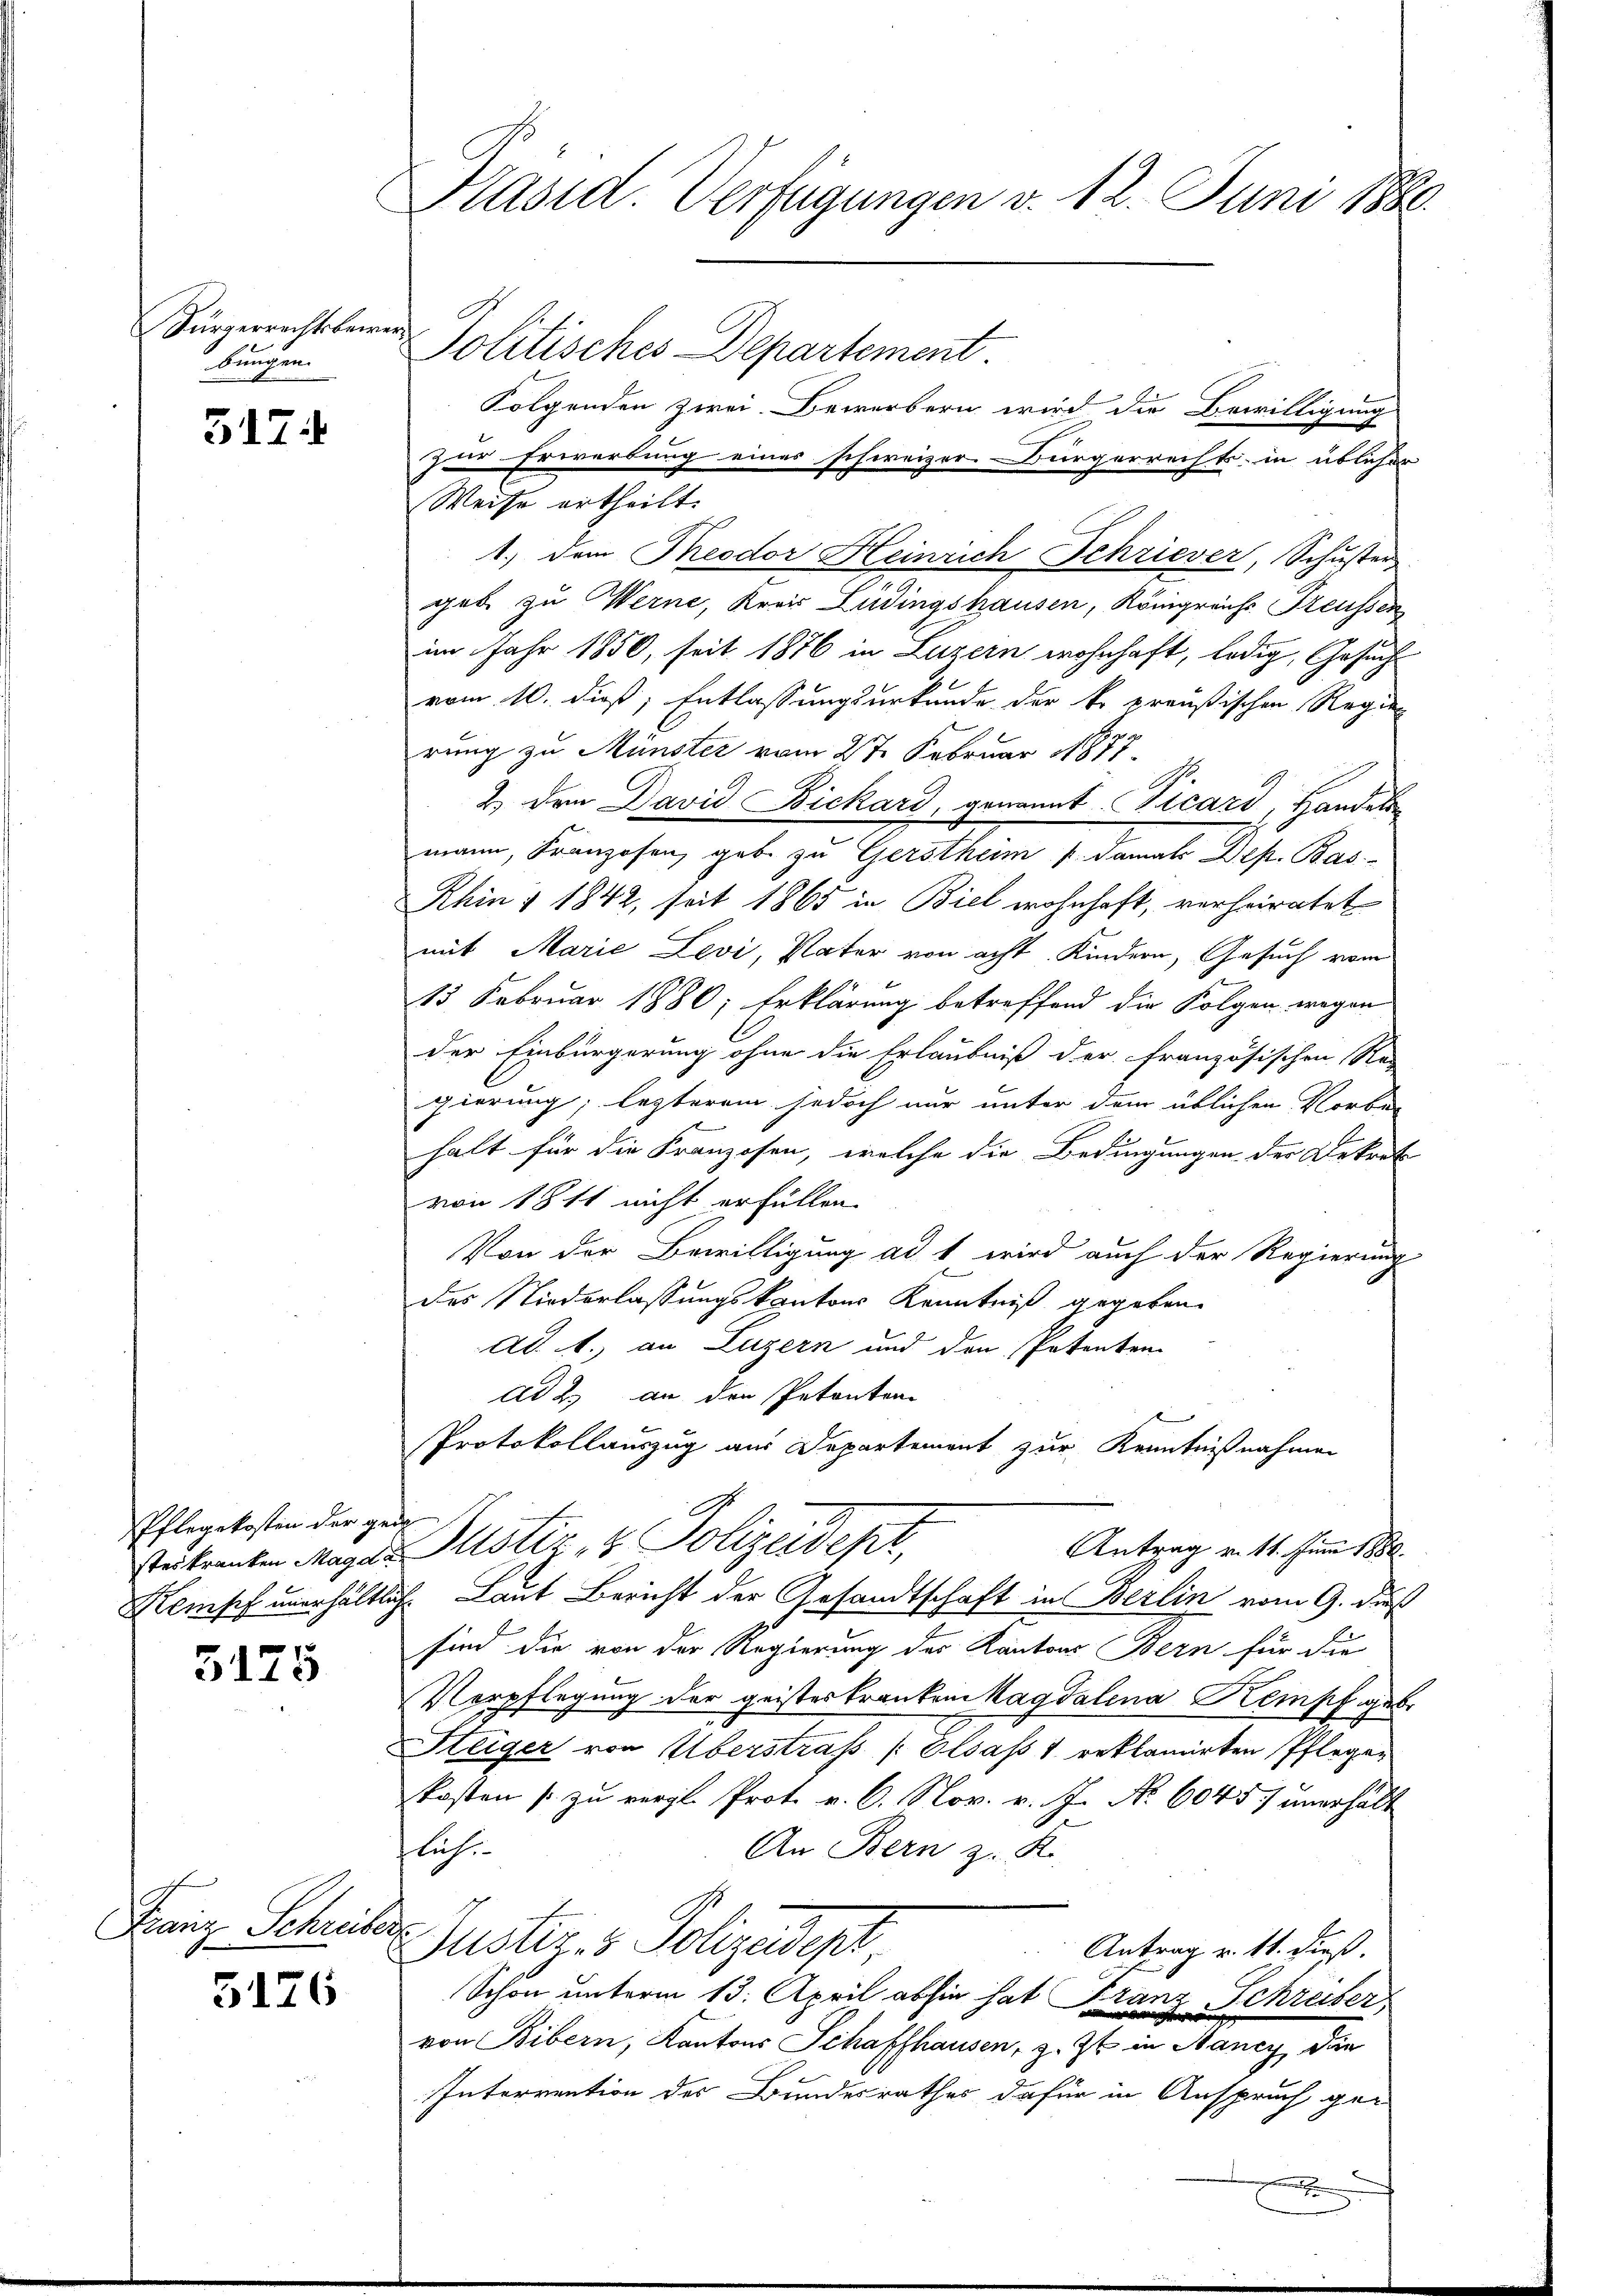
Kürzerrichtsbewer
bungen.

517.

Pflegekosten der gei

5125

Franz Schreiber

5126

Präsid. Verfügungen v. 12. Juni 1880.

Politisches Departement.
Folgenden zwei Bewerbern wird die Bewilligung
zur Erwerbung eines schweizer. Bürgerrechts in üblicher
Weise ertheilt.
1.) dem Theodor Heinrich Schriever, Schuster
geb zu Werne, Kreis Lüdingshausen, Königreichs Freussen
im Jahr 1850, seit 1876 in Luzern wohnhaft, ledig, Gesuch
vom 10. dieß, Entlassungsurkunde der k. preußischen Regier
rung zu Münster vom 27. Februar 1877.
2.) Dem David Bickard, genannt Vicard, Handel
mann, Franzosen, gebe zu Gersthum 1. damals Dep. Bas¬
Ahin § 1842, seit 1865 in Biel wohnhaft, verheiratet
mit Marie Levi, Vater von acht Kindern, Gesuch vom
15 Februar 1886; Erklärung betreffend die Folgen wegen
der Einbürgerung ohne die Erlaubniß der französischen Re-
gierung, lezterem jedoch nur unter dem üblichen Vorbe-
halt für die Kranzosen, welche die Bedingungen der Dekret
von 1811 nicht erfüllen
Von der Bewilligung ad 1 wird auch der Regierung
des Niederlassungskantons Kenntniß gegeben.
ad 1., an Luzern und den Patenten
ad 2. an den Petenten
Protokollauszug aus Departement zur Kenntnißnahmen
Antrag v. 11. Juni 1880.
Erkranken Mager Justiz- & Polizeidepr
Kampf unerhältlich Laut Bericht der Gesandtschaft in Berlin vom 9. daß
sind die von der Regierung des Kantons Bern für die
Verpflegung der geisteskranken Magdalena Kempf gebe
Steiger von Überstrafs / Elsass 1 reklamirten Pflegen
kosten zu vergl. Prot. v. 6. Nov. v. J. No 6045) unerhält
fluch
An Bern z. K
Justiz- & Polizedept.
Antrag v. 11. dieß.
Schon unterm 13. April abhin hat Franz Schreiber
von Bibern, Kantons Schaffhausen, z. Zt. in Mancy, die
Interrention des Bundesrathes dafür in Anspruch ge-
D